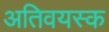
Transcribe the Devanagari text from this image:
अतिवयस्क